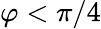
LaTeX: \varphi<\pi/4